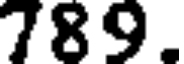
789.